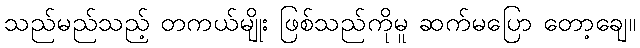
သည်မည်သည့် တကယ်မျိုး ဖြစ်သည်ကိုမူ ဆက်မပြော တော့ချေ။